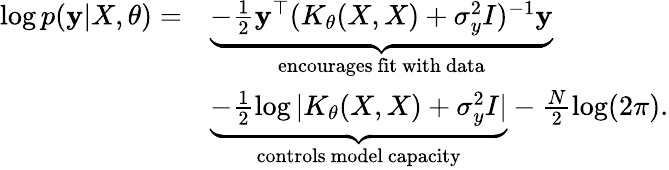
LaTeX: \begin{array}{rl}{\log p(\mathbf{y}|X,\theta)=}&{\underbrace{-\frac{1}{2}\mathbf{y}^{\top}(K_{\theta}(X,X)+\sigma_{y}^{2}I)^{-1}\mathbf{y}}_{\mathrm{encourages~fit~with~data}}}\\ &{\underbrace{-\frac{1}{2}\log|K_{\theta}(X,X)+\sigma_{y}^{2}I|}_{\mathrm{controls~model~capacity}}-\frac{N}{2}\log(2\pi).}\end{array}